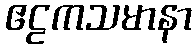
ဧဠကသမာနာ